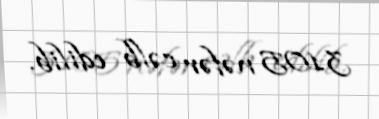
3105 nəfər cəlb edilib.